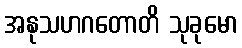
အနုသဟဂတောတိ သုခုမော